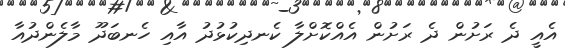
އެއީ ދެ ރަށުން ދެ ރަށުން އެއްކޮށްލާ ކެނދިކުޅުދު އާއި ހެނބަދޫ މާލެންދުއާ